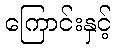
ကြောင်းနှင့်